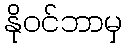
နိုဝင်ဘာမှ